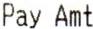
PAY AMT